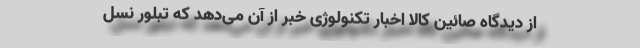
از دیدگاه صائین کالا اخبار تکنولوژی خبر از آن می‌دهد که تبلور نسل